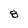
Character: 8